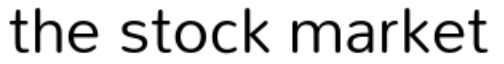
the stock market